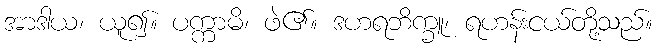
အာဒါယ၊ ယူ၍။ ပက္ကာမိ၊ ဖဲ၏။ ဒဟရဘိက္ခူ၊ ရဟန်းငယ်တို့သည်။